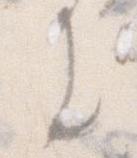
き